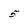
Character: 5